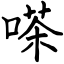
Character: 嗏